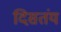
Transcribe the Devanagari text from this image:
दिसतंय